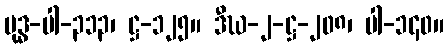
ဗုဒ္ဓ-ပါ-၃၁၃၊ ဋ္ဌ-၁၂၅။ ဒီဃ-၂-ဋ္ဌ-၂၀၈၊ ပါ-၁၄၀။